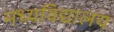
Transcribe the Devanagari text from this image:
मध्यविद्यालय